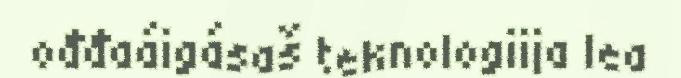
ođđaáigásaš teknologiija lea